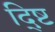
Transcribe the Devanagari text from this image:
द्ष्टि